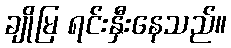
ချိုမြ ရင်းနှီးနေသည်။